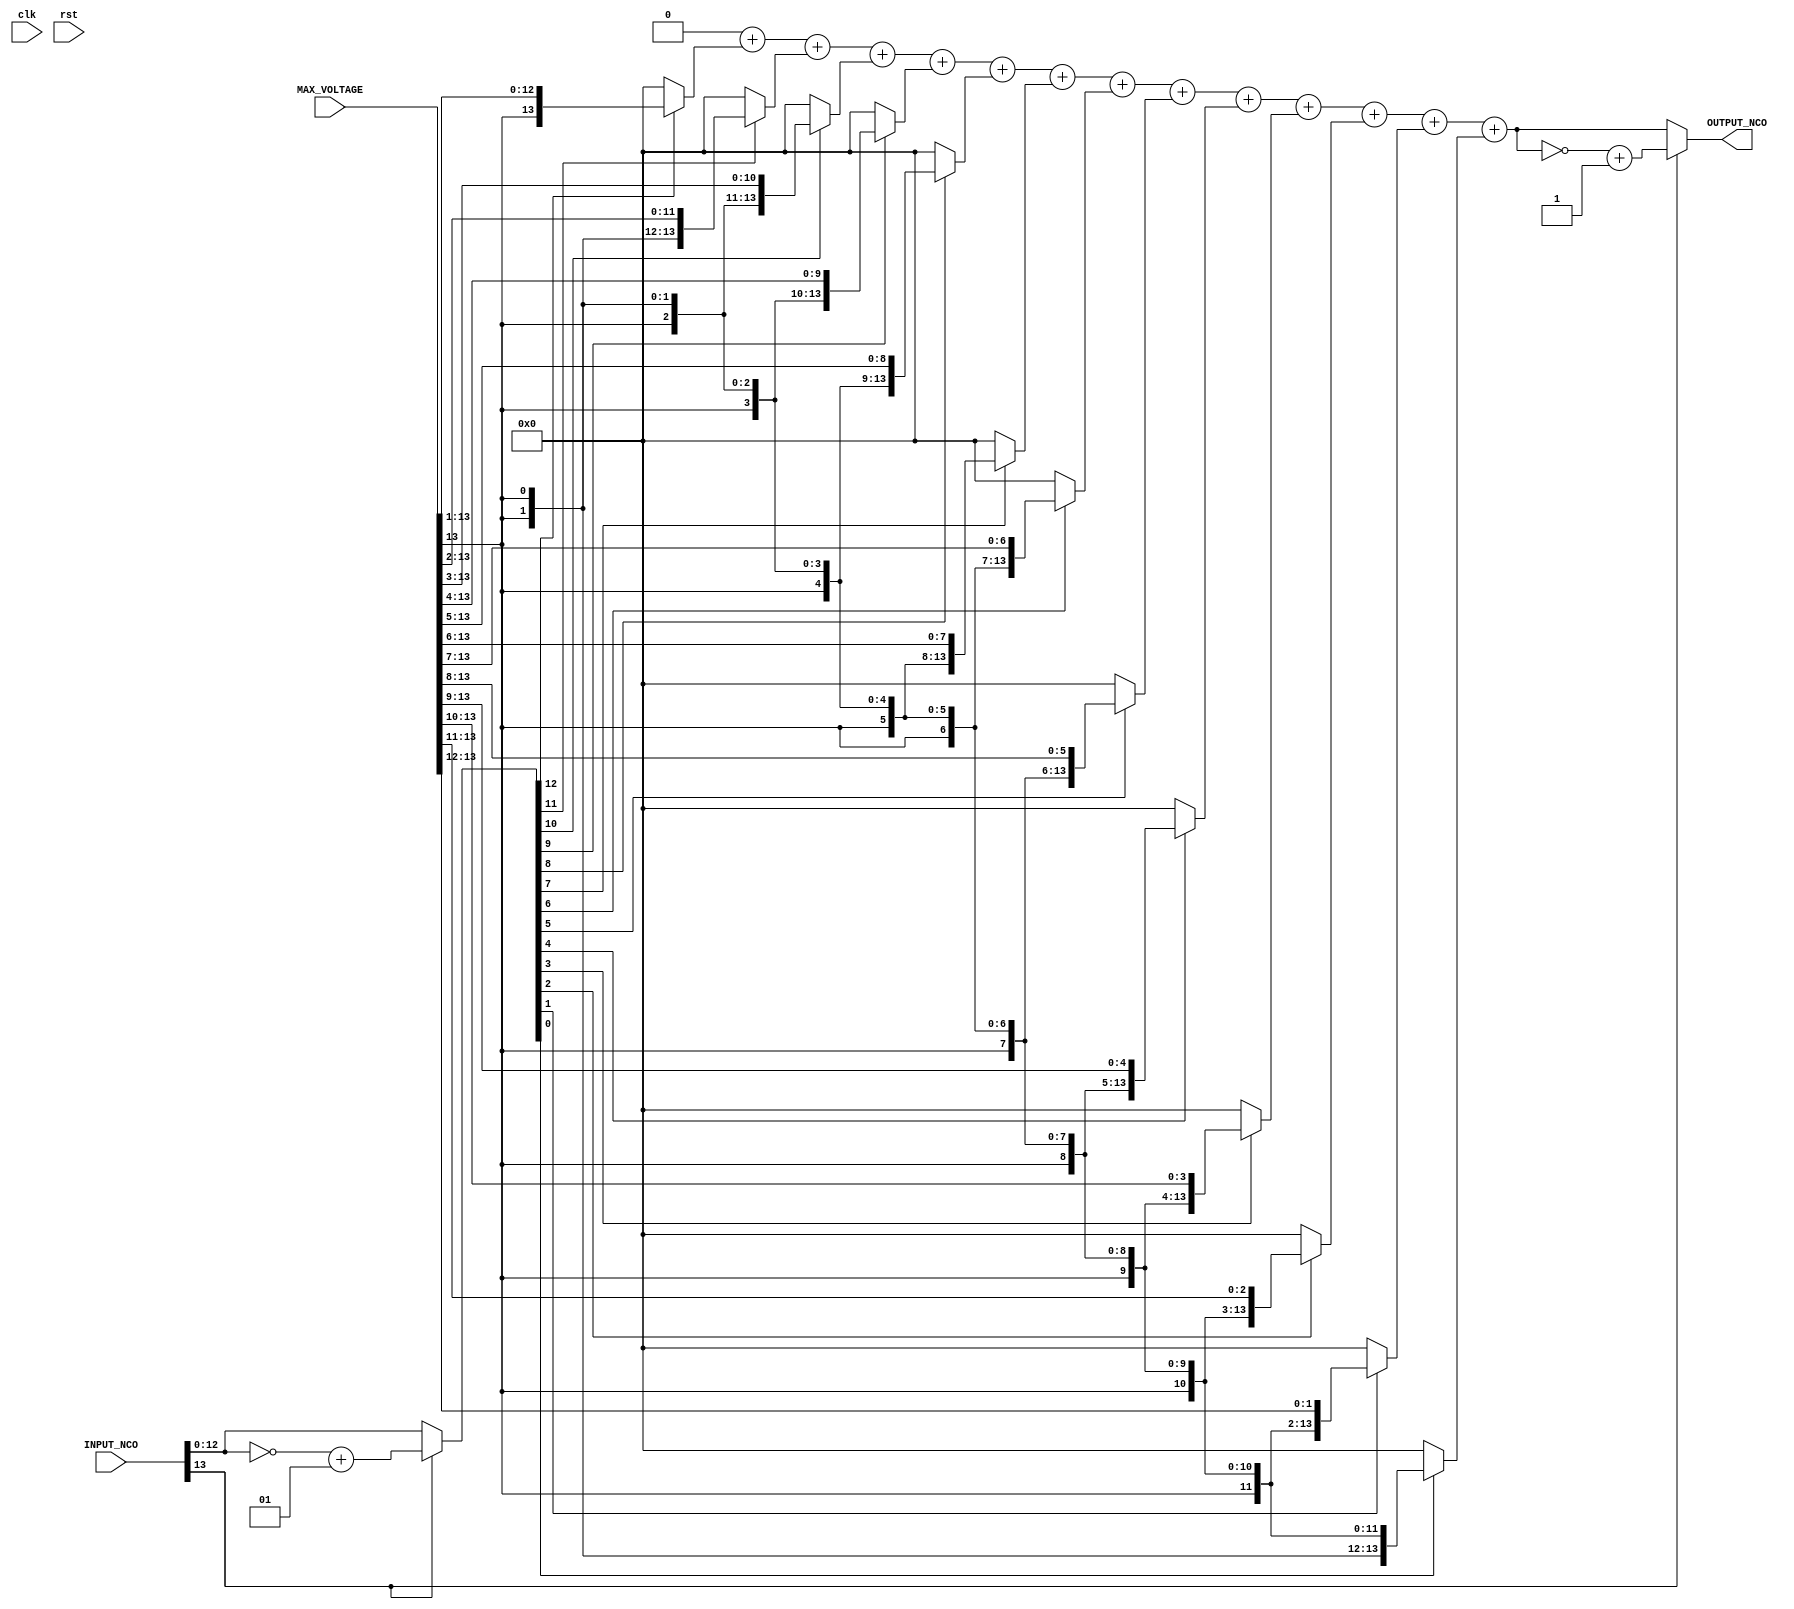
`timescale 1ns / 1ps

module NCO_AMP_CONTROLLER # (parameter DAC_WIDTH = 14, parameter IN_WIDTH = 14) (input clk, input rst, 
input signed [IN_WIDTH-1:0] INPUT_NCO, input signed [DAC_WIDTH-1:0] MAX_VOLTAGE, output signed [DAC_WIDTH-1:0] OUTPUT_NCO);

wire [IN_WIDTH-1:0] IN_T;
assign IN_T = INPUT_NCO[IN_WIDTH-1] ? ~INPUT_NCO + 1 : INPUT_NCO;

wire [DAC_WIDTH-1:0] TEMP;
wire [DAC_WIDTH-1:0] P [IN_WIDTH-2:0];

genvar i;
generate for (i = 0; i < IN_WIDTH-1; i = i+1) begin : loop
    //wire [DAC_WIDTH-1:0] P;
    assign P[i] = (IN_T[IN_WIDTH-2-i] ? (MAX_VOLTAGE >> (i+1)) : 0);
end
    
endgenerate

integer k;
reg [DAC_WIDTH-1:0] TEMP_r;

always @*
begin
  TEMP_r = 0; // all zero
  for(k = 0; k < IN_WIDTH-1; k=k+1)
    TEMP_r = TEMP_r + P[k];
end

assign TEMP = TEMP_r;
assign OUTPUT_NCO = INPUT_NCO[IN_WIDTH-1] ? ~TEMP + 1 : TEMP;

endmodule

//assign OUTPUT_NCO = OUTPUT;  
/*
wire [IN_WIDTH-1:0] IN_T;
assign IN_T = INPUT_NCO[13] ? ~INPUT_NCO + 1 : INPUT_NCO;

wire [DAC_WIDTH-1:0] P1;
assign P1 = (IN_T[12] ? (MAX_VOLTAGE >> 1) : 0);

wire [DAC_WIDTH-1:0] P2;
assign P2 = (IN_T[11] ? (MAX_VOLTAGE >> 2) : 0);

wire [DAC_WIDTH-1:0] P3;
assign P3 = (IN_T[10] ? (MAX_VOLTAGE >> 3) : 0);

wire [DAC_WIDTH-1:0] P4;
assign P4 = (IN_T[9] ? (MAX_VOLTAGE >> 4) : 0);

wire [DAC_WIDTH-1:0] P5;
assign P5 = (IN_T[8] ? (MAX_VOLTAGE >> 5) : 0);

wire [DAC_WIDTH-1:0] P6;
assign P6 = (IN_T[7] ? (MAX_VOLTAGE >> 6) : 0);

wire [DAC_WIDTH-1:0] P7;
assign P7 = (IN_T[6] ? (MAX_VOLTAGE >> 7) : 0);

wire [DAC_WIDTH-1:0] P8;
assign P8 = (IN_T[5] ? (MAX_VOLTAGE >> 8) : 0);

wire [DAC_WIDTH-1:0] P9;
assign P9 = (IN_T[4] ? (MAX_VOLTAGE >> 9) : 0);

wire [DAC_WIDTH-1:0] P10;
assign P10 = (IN_T[3] ? (MAX_VOLTAGE >> 10) : 0);

wire [DAC_WIDTH-1:0] P11;
assign P11 = (IN_T[2] ? (MAX_VOLTAGE >> 11) : 0);

wire [DAC_WIDTH-1:0] P12;
assign P12 = (IN_T[1] ? (MAX_VOLTAGE >> 12) : 0);

wire [DAC_WIDTH-1:0] P13;
assign P13 = (IN_T[0] ? (MAX_VOLTAGE >> 13) : 0);

wire [DAC_WIDTH-1:0] TEMP;
assign TEMP = P1 + P2 + P3 + P4 + P5 + P6 + P7 + P8 + P9 + P10 + P11 + P12 + P13;
*/